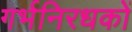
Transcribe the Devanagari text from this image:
गर्भनिरधकों